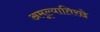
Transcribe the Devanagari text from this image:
अमूल्यातिरछे